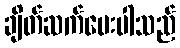
ချိတ်ဆက်ပေးပါသည်